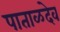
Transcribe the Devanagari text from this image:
पाताळदेव